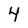
Character: 4